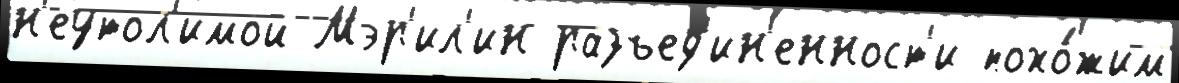
н'еутол'имой Мэр'ил'ин разъед'ин'енност'и похо́жим